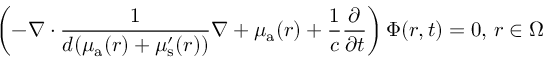
\left( - \nabla \cdot \frac { 1 } { { d } ( \mu _ { { \mathrm a } } ( r ) + \mu _ { \mathrm { s } } ^ { \prime } ( r ) ) } \nabla + \mu _ { { \mathrm a } } ( r ) + \frac { 1 } { c } \frac { \partial } { \partial t } \right) \Phi ( r , t ) = 0 , \, r \in \Omega